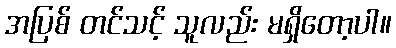
အပြစ် တင်သင့် သူလည်း မရှိတော့ပါ။